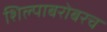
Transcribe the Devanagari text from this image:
शिल्पाबरोबरच